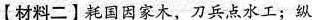
【材料二】耗国因家木，刀兵点水工；纵